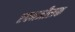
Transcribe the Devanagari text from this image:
एवनजीलक